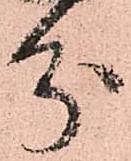
分